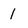
Character: 1